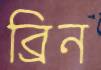
ব্রিন